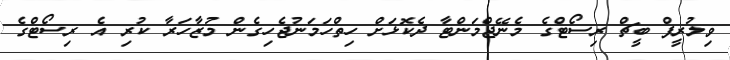
ވިލުރީފް ބީޗް ރިސޯޓްގެ މެނޭޖްމަންޓާ ދެކޮޅަށް ހިތްހަމަނުޖެހިގެން މުޒާހަރާ ކުރި އެ ރިސޯޓްގެ